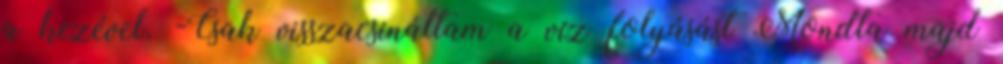
a kezével. -Csak visszacsináltam a víz folyásást Mondta majd